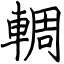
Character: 輖